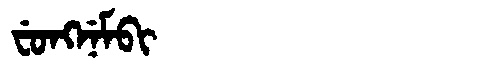
Manchu: ᠸᡠᠩᠨᡝᠮᠪᡳ
Romanization: FUNGNEMBI